Scottish Leaving Certificate Examination, 1954
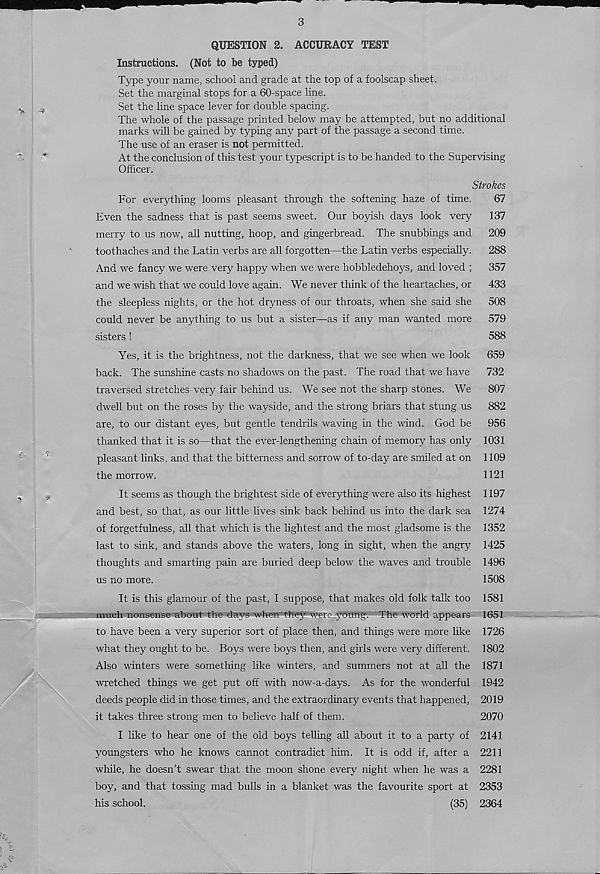
3
%
%
• 7-
QUESTION 2. ACCURACY TEST
Instructions. (Not to be typed)
Type your name, school and grade at the top of a foolscap sheet.
Set the marginal stops for a 60-space line.
Set the line space lever for double spacing.
The whole of the passage printed below may be attempted, but no additional
marks will be gained by typing any part of the passage a second time.
The use of an eraser is not permitted.
At the conclusion of this test your typescript is to be handed to the Supervising
Officer.
Strokes
For everything looms pleasant through the softening haze of time.
67
Even the sadness that is past seems sweet. Our boyish days look very
137
merry to us now, all nutting, hoop, and gingerbread. The snubbings and
209
toothaches and the Latin verbs are all forgotten—the Latin verbs especially.
288
And we fancy we were very happy when we were hobbledehoys, and loved ;
357
and we wish that we could love again. We never think of the heartaches, or
433
the sleepless nights, or the hot dryness of our throats, when she said she
508
could never be anything to us but a sister—as if any man wanted more
579
sisters!
588
Yes, it is the brightness, not the darkness, that we see when we look
659
back. The sunshine casts no shadows on the past. The road that we have
732
traversed stretches very fair behind us. We see not the sharp stones. We
807
dwell but on the roses by the wayside, and the strong briars that stung us
882
are, to our distant eyes, but gentle tendrils waving in the wind. God be
956
thanked that it is so—that the ever-lengthening chain of memory has only 1031
pleasant links, and that the bitterness and sorrow of to-day are smiled at on 1109
the morrow.
1121
It seems as though the brightest side of everything were also its highest 1197
and best, so that, as our little lives sink back behind us into the dark sea 1274
of forgetfulness, all that which is the lightest and the most gladsome is the 1352
last to sink, and stands above the waters, long in sight, when the angry 1425
thoughts and smarting pain are buried deep below the waves and trouble 1496
us no more.
1508
It is this glamour of the past, I suppose, that makes old folk talk too 1581
much nonsense about the days when they were young. The world appears 1651
to have been a very superior sort of place then, and things were more like 1726
what they ought to be. Boys were boys then, and girls were very different. 1802
Also winters were something like winters, and summers not at all the 1871
wretched things we get put off with now-a-days. As for the wonderful 1942
deeds people did in those times, and the extraordinary events that happened, 2019
it takes three strong men to believe half of them.
2070
I like to hear one of the old boys telling all about it to a party of 2141
youngsters who he knows cannot contradict him. It is odd if, after a 2211
while, he doesn’t swear that the moon shone every night when he was a 2281
boy, and that tossing mad bulls in a blanket was the favourite sport at 2353
his school.
(35) 2364